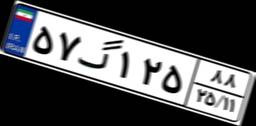
۵۷گ۱۲۵۸۸